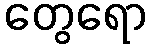
တွေရော